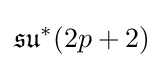
{\mathfrak {su}}^{*}(2p+2)